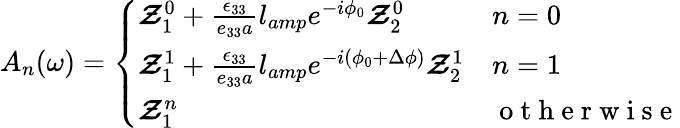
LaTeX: A_{n}(\omega)=\left\{ \begin{array}{ll}{\boldsymbol{\mathcal{Z}}_{1}^{0}+\frac{\epsilon_{33}}{e_{33}a}l_{amp}e^{-i\phi_{0}}\boldsymbol{\mathcal{Z}}_{2}^{0}}&{n=0}\\ {\boldsymbol{\mathcal{Z}}_{1}^{1}+\frac{\epsilon_{33}}{e_{33}a}l_{amp}e^{-i\left(\phi_{0}+\Delta\phi\right)}\boldsymbol{\mathcal{Z}}_{2}^{1}}&{n=1}\\ {\boldsymbol{\mathcal{Z}}_{1}^{n}}&{\mathrm{~o~t~h~e~r~w~i~s~e~}}\end{array}\right.